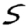
Digit: 5